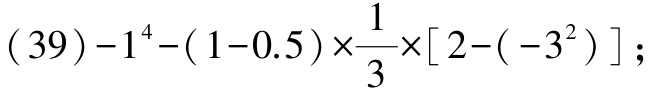
\((39)-1^{4}-(1 - 0.5)\times\frac{1}{3}\times[2-(-3^{2})]\)